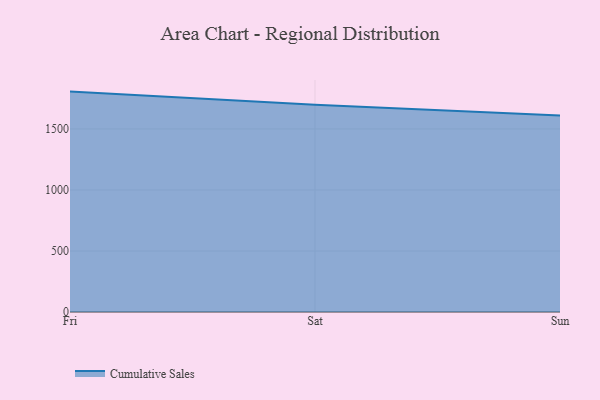
{"axis": {"x": "Day", "y": "Operating Costs (USD K)"}, "legend": ["Cumulative Sales"], "data": [{"x": "Fri", "y": 1806.2, "type": "Cumulative Sales"}, {"x": "Sat", "y": 1698.3, "type": "Cumulative Sales"}, {"x": "Sun", "y": 1610.6, "type": "Cumulative Sales"}]}